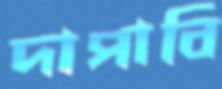
দাপাবি